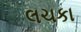
લચકા